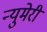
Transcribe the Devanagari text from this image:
न्युमेरी